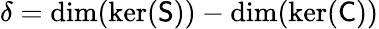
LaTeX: \delta=\dim(\ker(\mathsf{S}))-\dim(\ker(\mathsf{C}))